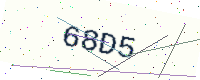
Text: 68D5